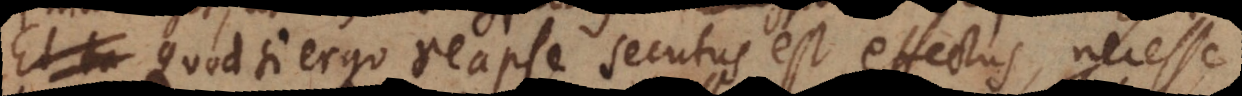
Quod si ergo reapse secutus est effectus, necesse